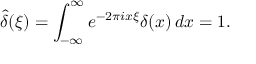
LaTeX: { \widehat { \delta } } ( \xi ) = \int _ { - \infty } ^ { \infty } e ^ { - 2 \pi i x \xi } \delta ( x ) \, d x = 1 .